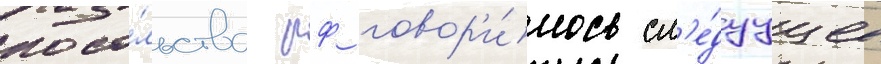
посо́льства рф говор'и́лось сл'е́дуущее